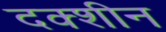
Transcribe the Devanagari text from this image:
दक्शीन